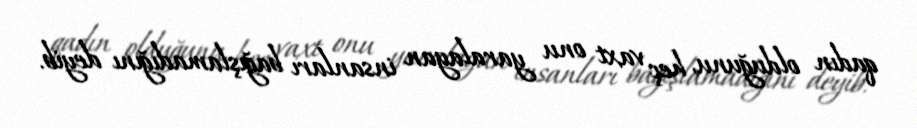
qadın olduğunu, heç vaxt onu yaralayan insanları bağışlamadığını deyib.